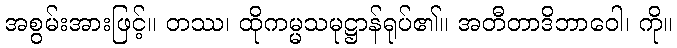
အစွမ်းအားဖြင့်။ တဿ၊ ထိုကမ္မသမုဋ္ဌာန်ရုပ်၏။ အတီတာဒိဘာဝေါ၊ ကို။